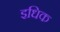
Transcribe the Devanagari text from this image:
इधिक